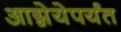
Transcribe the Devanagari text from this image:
आग्नेयेपर्यंत